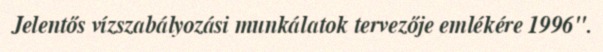
Jelentős vízszabályozási munkálatok tervezője emlékére 1996".